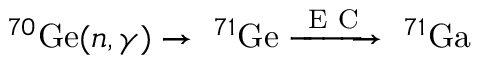
^ { 7 0 } \mathrm { G e } ( n , \gamma ) \rightarrow \ ^ { 7 1 } \mathrm { G e } \xrightarrow { \mathrm { ~ E ~ C ~ } } \ ^ { 7 1 } \mathrm { G a }